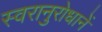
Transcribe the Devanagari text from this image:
स्वरानुरोधानें